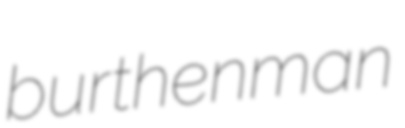
burthenman